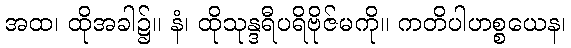
အထ၊ ထိုအခါ၌။ နံ၊ ထိုသုန္ဒရီပရိဗိုဇ်မကို။ ကတိပါဟစ္စယေန၊